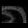
Digit: ၈